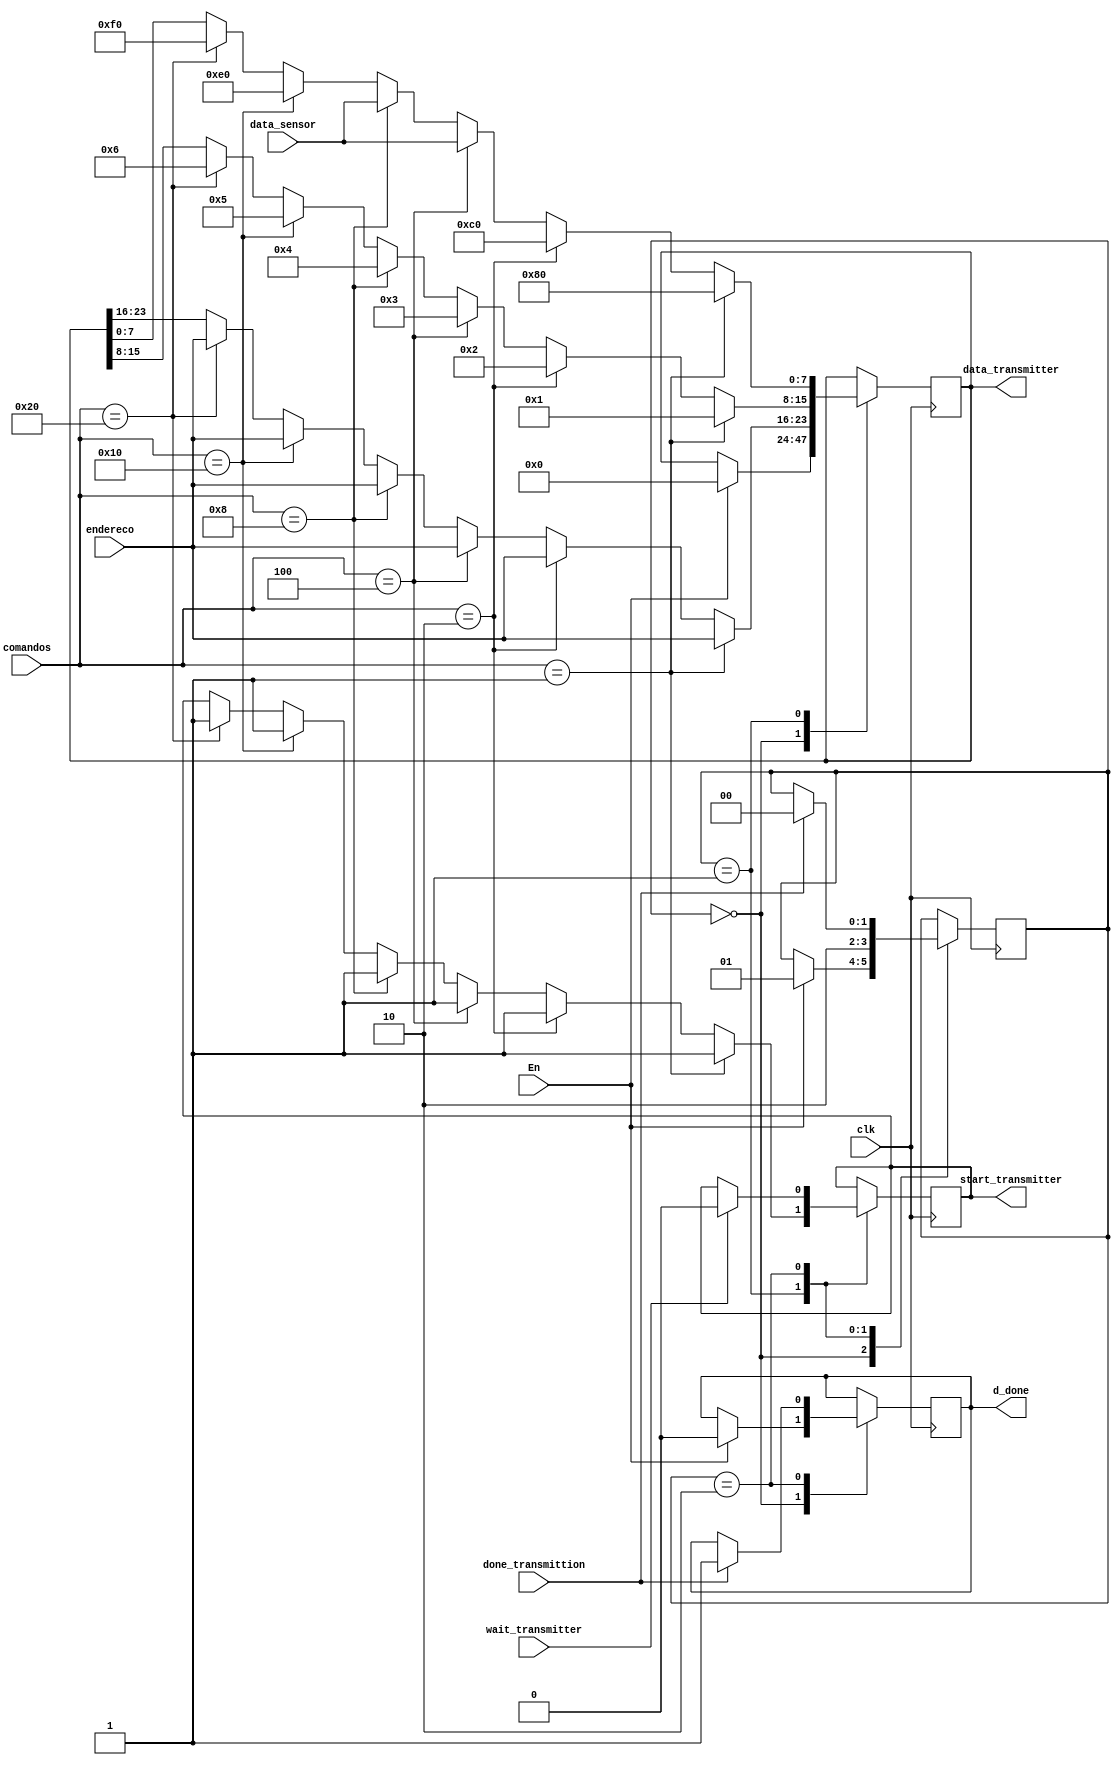
module decodificador(
clk,
comandos, 
endereco,
data_sensor, 
done_transmittion,
En,
wait_transmitter,
start_transmitter, 
d_done, 
data_transmitter, 
); 

input clk;

input [5:0] comandos; //bits correspondentes aos comandos de resposta: 
//[0]comandos:Sensor com problema
//[1]comandos:Sensor funcionado corretamente
//[2]comandos:Medida de umidade 
//[3]comandos:Medida de temperatura 
//[4]comandos:Confirmação de desativação do sensoriamento contínuo de temperatura 
//[5]comandos:Confirmação de desativação do sensoriamento contínuo de umidade

input [7:0] data_sensor; //Informação da medida de temperatura ou umidadade  
input En; //Confirmação de recebimento de dados do sensor pelo módulo da interface  
input done_transmittion; //Confirmação de envio de dados pelo transmissor 
input [7:0] endereco; // endereco do sensor em ascii 
input wait_transmitter; //Bit responsavel por informar que o transmitter iniciou a transmissao dos dados


output [23:0] data_transmitter; //Saida dos dados do transmissor  
output d_done; //Bit de saída para indicar que o decodificador enviou os dados
output start_transmitter; //Bit de saída para ligar o transmitter

reg [23:0] reg_data_transmitter; //Registrador para controle de dados da saída do sensor 
reg [7:0] comando_resposta; //Comandos de respostas para serem enviados para o computador
reg [1:0] state = 1'b00;// registrador para controlar os estados 
reg reg_d_done = 1'b0; //registrador para estado do decodificador se terminou ou não de enviar os dados  
reg reg_start_transmitter = 1'b0;//bit responsável ligar a transmissão dos dados 


assign data_transmitter = reg_data_transmitter; 
assign reg_endereco = endereco;
assign start_transmitter = reg_start_transmitter;
assign d_done = reg_d_done;

localparam idle =  2'b00, 
			  decoding  =  2'b01, 
			  sending  =  2'b10;
			  

/* Tabela de comandos de resposta:
(Comando recebido pela interface)comandos = 000001 =>(Comando que será enviado para o PC)Sensor com problema: 00000001
(Comando recebido pela interface)comandos = 000010 =>(Comando que será enviado para o PC)Sensor funcionando normalmente: 00000010	  
(Comando recebido pela interface)comandos = 000100 =>(Comando que será enviado para o PC)Medida de umidade: 00000011
(Comando recebido pela interface)comandos = 001000 =>(Comando que será enviado para o PC)Medida de temperatura: 00000100 
(Comando recebido pela interface)comandos = 010000 =>(Comando que será enviado para o PC)Confirmação de desativação de sensoriamento contínuo de temperatura: 00000101
(Comando recebido pela interface)comandos = 100000 =>(Comando que será enviado para o PC)Confirmação de desativação de sensoriamento contínuo de umidade: 00000110  
*/
			  
			  		  
			  
always @(posedge clk) begin 
		case(state)
			idle://Estado em que se espera o bit de start para iniciar sem
					begin
					
						if(En == 1'b1)begin 
							reg_d_done = 1'b0; 
							reg_data_transmitter = 24'b000000000000000000000000;
								state <= decoding;
							end
			
					end
			decoding://Estado responsável por decodificar e organizar os dados que irão ser enviados para o transmissor
					begin 
							 
							if(comandos == 6'b000001 )begin //Se o sensor estiver com problema
	
								reg_data_transmitter[23:16] = endereco; //atribuindo o primeiro byte do endereço do sensor
								reg_data_transmitter[15:8] = 8'b00000001; //Atribuindo o commando de resposta de sensor com problema
								reg_data_transmitter[7:0] = 8'b10000000; //Atribuindo um valor a quando o sensor estiver com problema
								reg_start_transmitter = 1'b1; //bit para ligar o transmitter para começar a transmitir os dados
		
								
							end else if( comandos == 6'b000010 )begin // Se o sensor estiver funcionando normalmente
				
								reg_data_transmitter[23:16] = endereco; //atribuindo o primeiro byte do endereço do sensor
								reg_data_transmitter[15:8] = 8'b00000010; //Atribuindo o commando de resposta de sensor funcioando normalmente
								reg_data_transmitter[7:0] = 8'b11000000; //Atribuindo um valor a quando o sensor estiver funcionando normalmente
								reg_start_transmitter = 1'b1; //bit para ligar o transmitter começar a transmitir os dados
								
								
							end else if( comandos == 6'b000100 )begin //Se foi solicitado a medida de umidadade
							
								reg_data_transmitter[23:16] = endereco; //atribuindo o primeiro byte do endereço do sensor
								reg_data_transmitter[15:8] = 8'b00000011; //Atribuindo o commando de resposta de medida de umidade
								reg_data_transmitter[7:0] = data_sensor; //Atribuindo o valor de medida de umidade inteira
								reg_start_transmitter = 1'b1; //bit para ligar o transmitter começar a transmitir os dados
								
							
							end else if( comandos == 6'b001000  )begin // Se foi solicitado a medida de temperatura
								
								reg_data_transmitter[23:16] = endereco; //atribuindo o primeiro byte do endereço do sensor
								reg_data_transmitter[15:8] = 8'b00000100; //Atribuindo o commando de resposta de medida de temperatura
								reg_data_transmitter[7:0] = data_sensor; //Atribuindo o valor de medida de temperatura inteira
								reg_start_transmitter = 1'b1; //bit para ligar o transmitter começar a transmitir os dados
								
								
							
							end else if( comandos == 6'b010000 )begin // Se foi solicitado a confirmação de desativação de sensoriamento contínuo de temperatura
								
								reg_data_transmitter[23:16] = endereco; //atribuindo o primeiro byte do endereço do sensor
								reg_data_transmitter[15:8] = 8'b00000101; //Atribuindo o commando de desativação de sensoriamento contínuo de temperatura
								reg_data_transmitter[7:0] = 8'b11100000; //Atribuindo um valor quando desativar o monitoramento contínuo de temperatura
								reg_start_transmitter = 1'b1; //bit para ligar o transmitter começar a transmitir os dados
								
								
							end else if( comandos == 6'b100000 )begin // Se foi solicitado a confirmação de desativação de sensoriamento contínuo de umidade
								
								reg_data_transmitter[23:16] = endereco; //atribuindo o primeiro byte do endereço do sensor
								reg_data_transmitter[15:8] = 8'b00000110; //Atribuindo o commando de desativação de sensoriamento contínuo de umidade
								reg_data_transmitter[7:0] = 8'b11110000; //Atribuindo um valor quando desativar o monitoramento contínuo de umidade
								reg_start_transmitter = 1'b1; //bit para ligar o transmitter começar a transmitir os dados
								
								
							end   
							
							state <= sending;
							
						end
				sending: //Estado para aguardar o final da transmissão de dados pelo transmitter
					begin
							if(wait_transmitter == 1'b1) begin //iniciou a transmissao de dados
								reg_start_transmitter = 1'b0;
							end
							if(done_transmittion== 1'b1)begin //Confirma a transmissão de dados
								state <= idle;
								reg_d_done <= 1'b1;
							end
			
					end		
					
			endcase



end 


endmodule